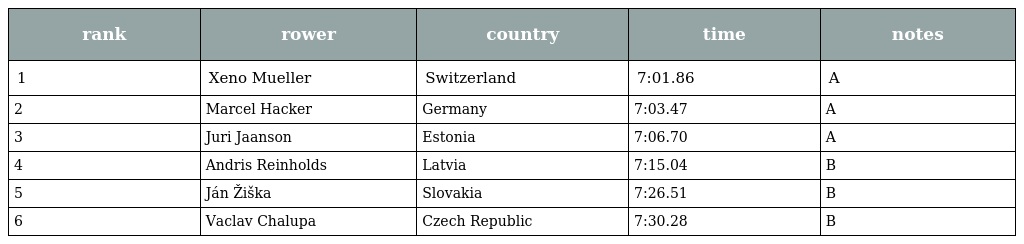
| rank | rower | country | time | notes |
 | --- | --- | --- | --- | --- |
 | 1 | Xeno Mueller | Switzerland | 7:01.86 | A |
 | 2 | Marcel Hacker | Germany | 7:03.47 | A |
 | 3 | Juri Jaanson | Estonia | 7:06.70 | A |
 | 4 | Andris Reinholds | Latvia | 7:15.04 | B |
 | 5 | Ján Žiška | Slovakia | 7:26.51 | B |
 | 6 | Vaclav Chalupa | Czech Republic | 7:30.28 | B |